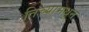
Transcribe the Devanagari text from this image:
तिच्यामधून